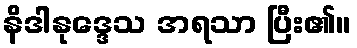
နိဒါနုဒ္ဒေသ အရသာ ပြီး၏။